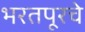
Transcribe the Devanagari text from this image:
भरतपूरचे